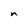
Character: n